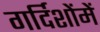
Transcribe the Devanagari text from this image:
गर्दिशोंमें